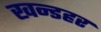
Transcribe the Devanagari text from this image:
खन्डहर